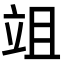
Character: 𥩢